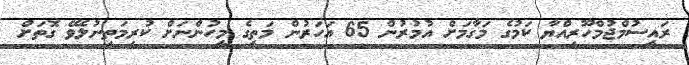
ރައީސުމްޖުމްހޫރިއްޔާ ކަމުގެ މަގާމަށް އުމުރުން 65 އަހަރުން މަތީގެ މީހުންނަށް ކުރިމަތިނުލެވޭ ގޮތަށް